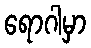
ရောဂါမှာ